Medical and sanitary report of the native army of Madras for the year
Year: 1877
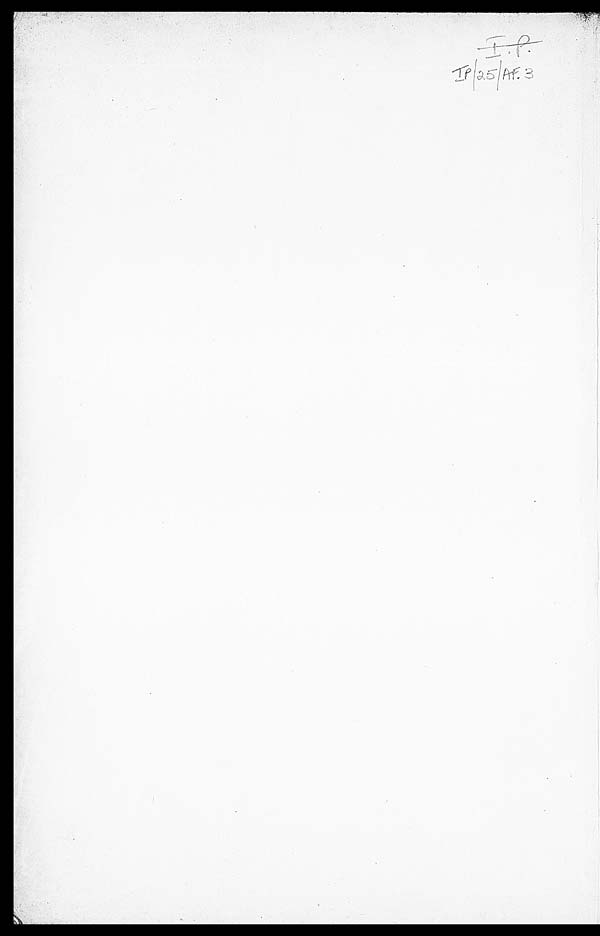
IP/25/AF.3